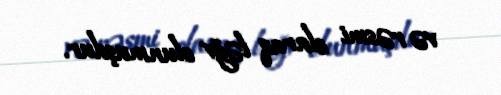
və rəsmi olaraq ləğv olunmuşdur.